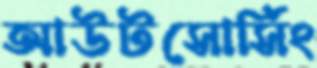
আউটসোর্সিং